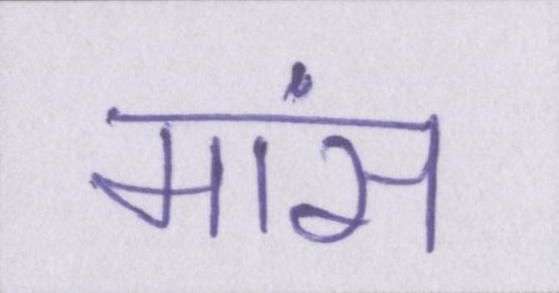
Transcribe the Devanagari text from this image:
मांस